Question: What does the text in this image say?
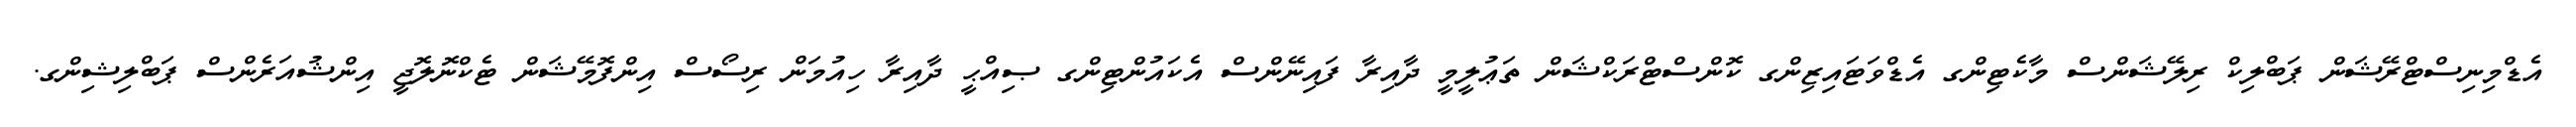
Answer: އެޑްމިނިސްޓްރޭޝަން ޕަބްލިކް ރިލޭޝަންސް މާކެޓިންގ އެޑްވަޓައިޒިންގ ކޮންސްޓްރަކްޝަން ތަޢުލީމީ ދާއިރާ ފައިނޭންސް އެކައުންޓިންގ ޞިއްޙީ ދާއިރާ ހިއުމަން ރިސޯސް އިންފޮމޭޝަން ޓެކްނޮލޮޖީ އިންޝުއަރެންސް ޕަބްލިޝިންގ.